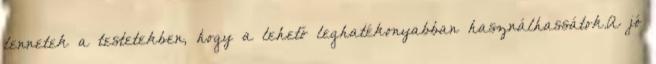
lennetek a testetekben, hogy a lehető leghatékonyabban használhassátok.A jó